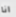
انا